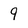
Character: 9